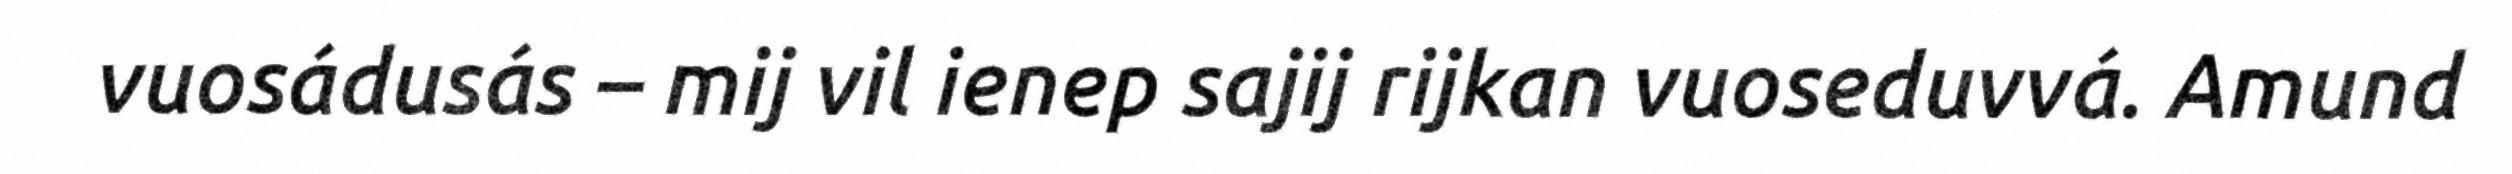
vuosádusás – mij vil ienep sajij rijkan vuoseduvvá. Amund